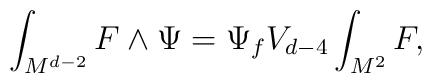
\int_{M^{d-2}} F \wedge \Psi = \Psi_{f} V_{d-4} \int_{M^2} F,